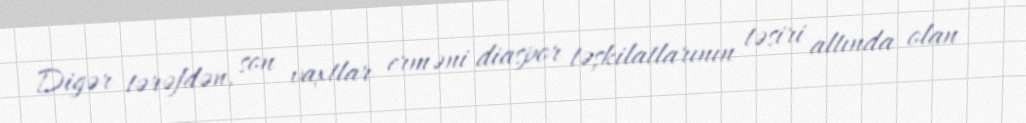
Digər tərəfdən, son vaxtlar erməni diaspor təşkilatlarının təsiri altında olan